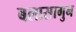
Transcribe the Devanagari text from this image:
बलासागुन